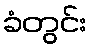
ခံတွင်း